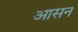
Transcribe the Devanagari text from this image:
अासन